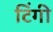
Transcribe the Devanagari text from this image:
टिंगी